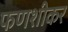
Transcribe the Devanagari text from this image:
फणशीकर